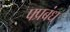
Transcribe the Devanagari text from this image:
फ्प्रबंध